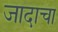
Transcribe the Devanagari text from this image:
जादाचा